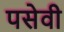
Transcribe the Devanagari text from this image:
पसेवी